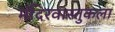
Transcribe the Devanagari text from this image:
मंदिरवास्तुकला